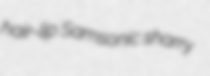
hair-lip Samsonic sharry